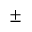
\pm